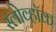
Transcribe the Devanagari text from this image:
स्लोव्हॉक